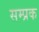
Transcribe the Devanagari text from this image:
सम्प्रक